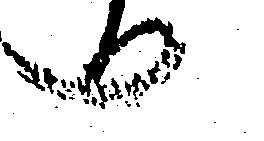
へ